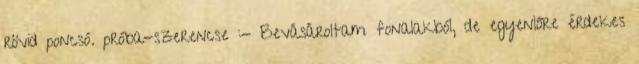
rövid poncsó. próba-szerencse :- Bevásároltam fonalakból, de egyenlőre érdekes